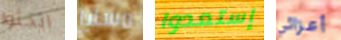
ابحثوا مسليا إستعدوا أعزائي